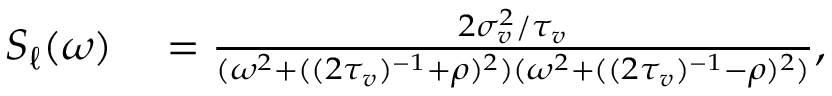
\begin{array} { r l } { S _ { \ell } ( \omega ) } & { { } = \frac { 2 \sigma _ { v } ^ { 2 } / \tau _ { v } } { ( \omega ^ { 2 } + ( ( 2 \tau _ { v } ) ^ { - 1 } + \rho ) ^ { 2 } ) ( \omega ^ { 2 } + ( ( 2 \tau _ { v } ) ^ { - 1 } - \rho ) ^ { 2 } ) } , } \end{array}